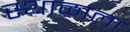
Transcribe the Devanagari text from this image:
स्थाळाला